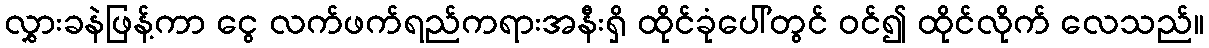
လွှားခနဲဖြန့်ကာ ငွေ လက်ဖက်ရည်ကရားအနီးရှိ ထိုင်ခုံပေါ်တွင် ဝင်၍ ထိုင်လိုက် လေသည်။